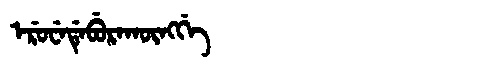
Manchu: ᡝᡵᡠᠸᡝᡩᡝᠪᡠᡵᠠᡴᡡᠩᡤᡝ
Romanization: ERUWEDEBURAKŪNGGE